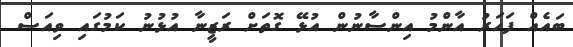
ބައެއް ފަހަރު އާންމު އިންސާނުން އުޅޭ ގޮތަށް ރަޒީނާ އުޅުނު ކަމުގައި ވިއަސް